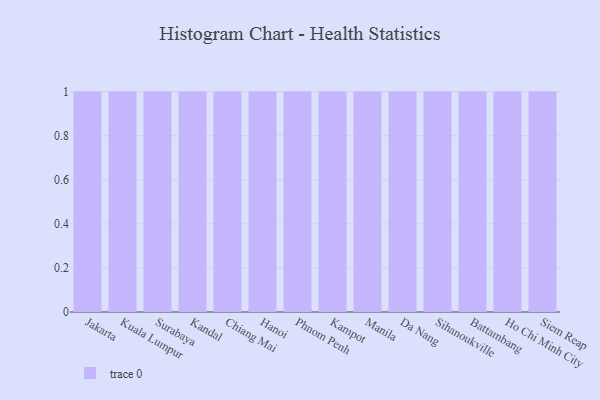
{"axis": {"x": "City", "y": "Customer Acquisition Cost (USD)"}, "legend": [""], "data": [{"x": "Jakarta", "y": 9, "type": ""}, {"x": "Kuala Lumpur", "y": 12, "type": ""}, {"x": "Surabaya", "y": 67, "type": ""}, {"x": "Kandal", "y": 48, "type": ""}, {"x": "Chiang Mai", "y": 95, "type": ""}, {"x": "Hanoi", "y": 24, "type": ""}, {"x": "Phnom Penh", "y": 74, "type": ""}, {"x": "Kampot", "y": 33, "type": ""}, {"x": "Manila", "y": 9, "type": ""}, {"x": "Da Nang", "y": 40, "type": ""}, {"x": "Sihanoukville", "y": 14, "type": ""}, {"x": "Battambang", "y": 30, "type": ""}, {"x": "Ho Chi Minh City", "y": 98, "type": ""}, {"x": "Siem Reap", "y": 78, "type": ""}]}